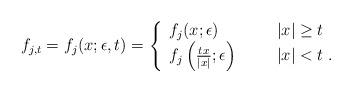
LaTeX: \begin{align*}f_{j,t} = f_j(x;\epsilon,t) = \left\{ \begin{array}{ll} f_j(x;\epsilon) \ \ \ \ \ &|x| \geq t \\ f_j\left(\frac{tx}{|x|};\epsilon\right) \ \ \ \ \ &|x| < t \;. \end{array} \right.\end{align*}